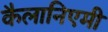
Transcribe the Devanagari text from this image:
कैलानिएमी